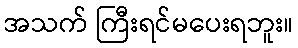
အသက် ကြီးရင်မပေးရဘူး။